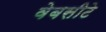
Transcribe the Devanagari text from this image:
वेबसीटे